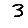
Digit: 3